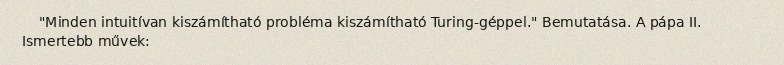
"Minden intuitívan kiszámítható probléma kiszámítható Turing-géppel." Bemutatása. A pápa II. Ismertebb művek: